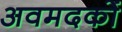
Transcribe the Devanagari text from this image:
अवमदकों